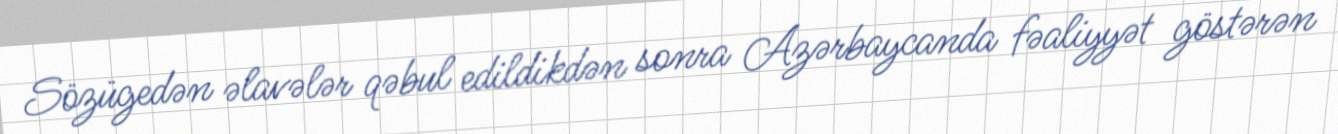
Sözügedən əlavələr qəbul edildikdən sonra Azərbaycanda fəaliyyət göstərən